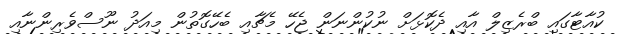
ކުއާޓާގައި ބްރެޒިލް އާާއި ދެކޮޅަށް ނުކުންނަން ޖެހޭ މެޗާއި ބެހޭގޮޮތުން މިއަދު ނޫސްވެރިންނާއި